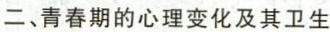
二、青春期的心理变化及其卫生